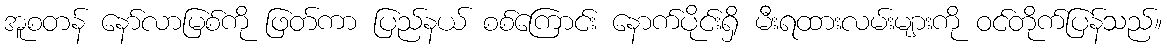
အူစတန် နော်လာမြစ်ကို ဖြတ်ကာ ပြည်နယ် စစ်ကြောင်း နောက်ပိုင်းရှိ မီးရထားလမ်းများကို ဝင်တိုက်ပြန်သည်။